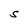
Character: S